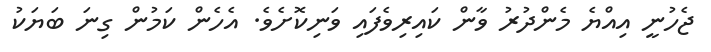
ޖެހުނީ އިއްޔެ މެންދުރު ވާން ކައިރިވެފައި ވަނިކޮށެވެ. އެހެން ކަމުން ގިނަ ބަޔަކު